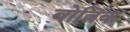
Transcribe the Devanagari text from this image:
बोत्निक